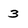
Character: 3